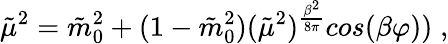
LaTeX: \tilde{\mu}^{2}=\tilde{m}_{0}^{2}+(1-\tilde{m}_{0}^{2})(\tilde{\mu}^{2})^{{\frac{\beta^{2}}{8\pi}}}cos(\beta\varphi))\; ,